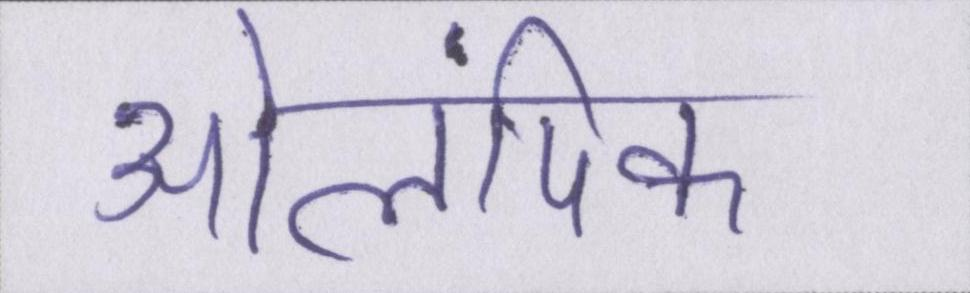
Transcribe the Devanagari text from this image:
ओलंपिक